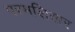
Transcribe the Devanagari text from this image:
परमशिखर